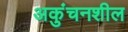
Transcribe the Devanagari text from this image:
अकुंचनशील